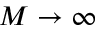
M \to \infty